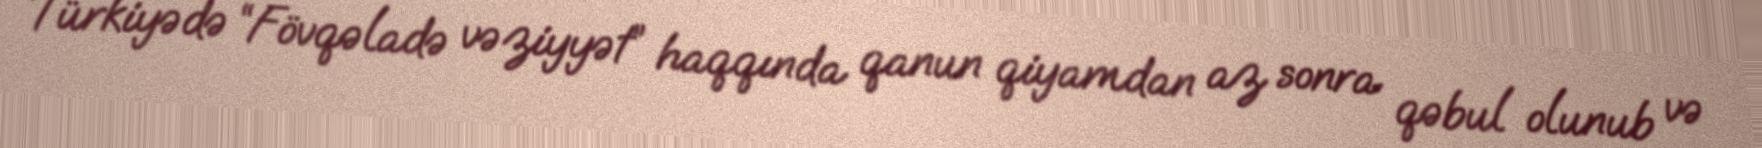
Türkiyədə “Fövqəladə vəziyyət” haqqında qanun qiyamdan az sonra qəbul olunub və